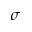
\sigma